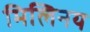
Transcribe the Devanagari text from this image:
मिलिनय